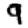
Digit: 9